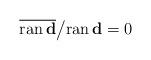
LaTeX: \begin{align*}\overline{ \mathrm{ran}\, \mathbf{d}} \big/ \mathrm{ran}\, \mathbf{d} = 0\end{align*}